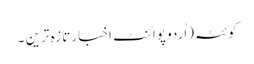
کوئٹہ(اُردو پوائنٹ اخبار تازہ ترین ۔